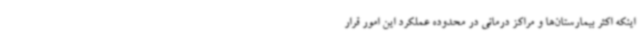
اینکه اکثر بیمارستان‌ها و مراکز درمانی در محدوده عملکرد این امور قرار